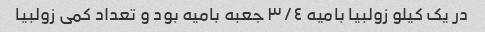
در یک کیلو زولبیا بامیه ٣/٤ جعبه بامیه بود و تعداد کمی زولبیا